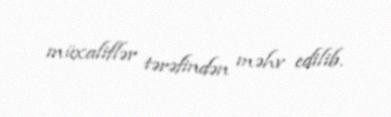
müxaliflər tərəfindən məhv edilib.